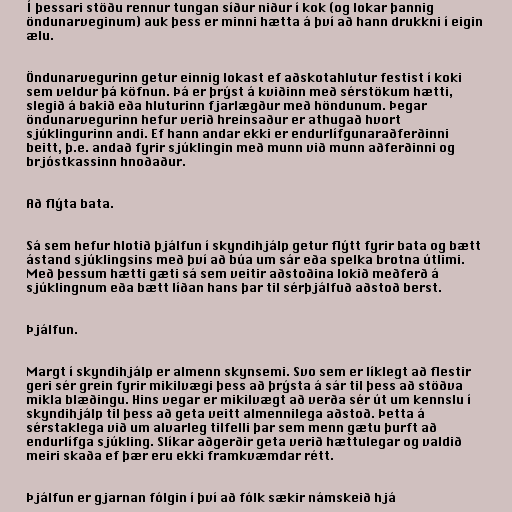
Í þessari stöðu rennur tungan síður niður í kok (og lokar þannig
öndunarveginum) auk þess er minni hætta á því að hann drukkni í eigin
ælu.

Öndunarvegurinn getur einnig lokast ef aðskotahlutur festist í koki
sem veldur þá köfnun. Þá er þrýst á kviðinn með sérstökum hætti,
slegið á bakið eða hluturinn fjarlægður með höndunum. Þegar
öndunarvegurinn hefur verið hreinsaður er athugað hvort
sjúklingurinn andi. Ef hann andar ekki er endurlífgunaraðferðinni
beitt, þ.e. andað fyrir sjúklingin með munn við munn aðferðinni og
brjóstkassinn hnoðaður.

Að flýta bata.

Sá sem hefur hlotið þjálfun í skyndihjálp getur flýtt fyrir bata og bætt
ástand sjúklingsins með því að búa um sár eða spelka brotna útlimi.
Með þessum hætti gæti sá sem veitir aðstoðina lokið meðferð á
sjúklingnum eða bætt líðan hans þar til sérþjálfuð aðstoð berst.

Þjálfun.

Margt í skyndihjálp er almenn skynsemi. Svo sem er líklegt að flestir
geri sér grein fyrir mikilvægi þess að þrýsta á sár til þess að stöðva
mikla blæðingu. Hins vegar er mikilvægt að verða sér út um kennslu í
skyndihjálp til þess að geta veitt almennilega aðstoð. Þetta á
sérstaklega við um alvarleg tilfelli þar sem menn gætu þurft að
endurlífga sjúkling. Slíkar aðgerðir geta verið hættulegar og valdið
meiri skaða ef þær eru ekki framkvæmdar rétt.

Þjálfun er gjarnan fólgin í því að fólk sækir námskeið hjá